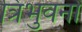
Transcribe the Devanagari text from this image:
त्रिभुवनों